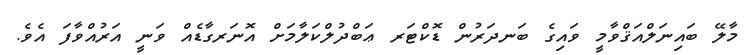
މާލޭ ބައިނަލްއަޤްވާމީ ވައިގެ ބަނދަރުން ޑޮކްޓަރ ޢަބްދުލްކަލާމަށް އޮނަރގާޑެއް ވަނީ އަރުއްވާފަ އެވެ.